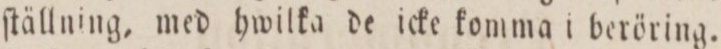
ſtällning, med hwilka de icke komma i beröring.